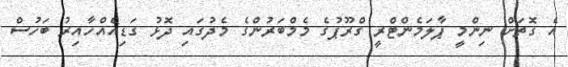
އެ ގޮތަށް ނިންމީ ޕާލަމެންޓްރީ ގްރޫޕުގެ މެމްބަރުންގެ މެދުގައި ދޮޅު ގަޑިއެއްހާއިރު ބަހުސް